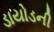
ડાયોડની